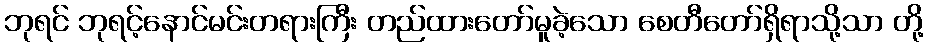
ဘုရင် ဘုရင့်နောင်မင်းတရားကြီး တည်ထားတော်မူခဲ့သော စေတီတော်ရှိရာသို့သာ တို့